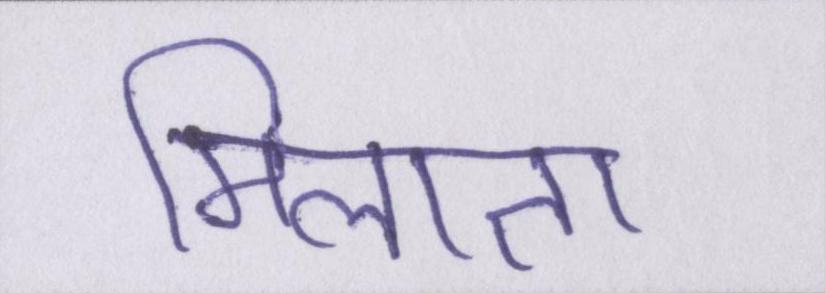
मिलाता